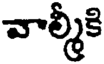
వాల్మీకి